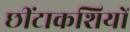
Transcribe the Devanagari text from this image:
छींटाकशियों